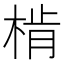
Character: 𣔨